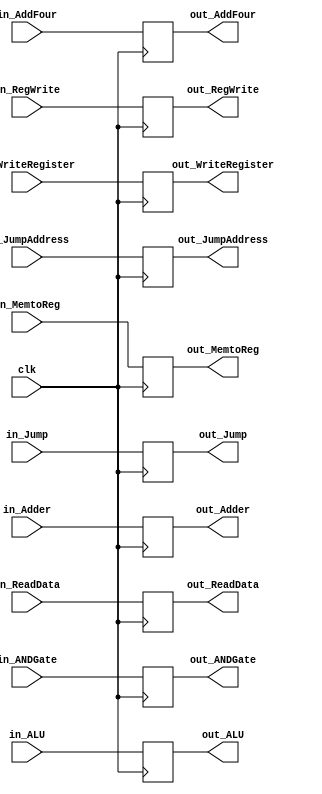
module MEMWB
(
	input wire clk,
	input wire in_Jump,
	input wire in_MemtoReg,
	input wire in_RegWrite,
	input wire [27:0]in_JumpAddress,
	input wire [31:0]in_AddFour,
	input wire [31:0]in_Adder,
	input wire in_ANDGate,
	input wire [31:0]in_ReadData,
	input wire [31:0]in_ALU,
	input wire [ 4:0]in_WriteRegister,
	output reg out_Jump,
	output reg out_MemtoReg,
	output reg out_RegWrite,
	output reg [27:0]out_JumpAddress,
	output reg [31:0]out_AddFour,
	output reg [31:0]out_Adder,
	output reg out_ANDGate,
	output reg [31:0]out_ReadData,
	output reg [31:0]out_ALU,
	output reg [ 4:0]out_WriteRegister
);

	always @(posedge clk)
		begin
			out_Jump          <= in_Jump;
			out_MemtoReg      <= in_MemtoReg;
			out_RegWrite      <= in_RegWrite;
			out_JumpAddress   <= in_JumpAddress;
			out_AddFour       <= in_AddFour;
			out_Adder         <= in_Adder;
			out_ANDGate       <= in_ANDGate;
			out_ReadData      <= in_ReadData;
			out_ALU           <= in_ALU;
			out_WriteRegister <= in_WriteRegister;
		end

endmodule